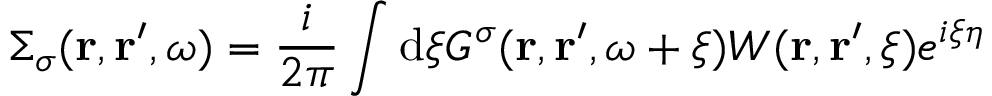
\Sigma _ { \sigma } ( \mathbf { r } , \mathbf { r } ^ { \prime } , \omega ) = \frac { i } { 2 \pi } \int \mathrm { d } \xi G ^ { \sigma } ( \mathbf { r } , \mathbf { r } ^ { \prime } , \omega + \xi ) W ( \mathbf { r } , \mathbf { r } ^ { \prime } , \xi ) e ^ { i \xi \eta }